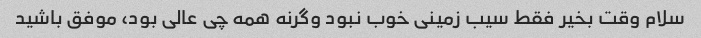
سلام وقت بخیر فقط سیب زمینی خوب نبود وگرنه همه چی عالی بود، موفق باشید